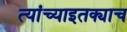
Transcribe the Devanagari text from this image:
त्यांच्याइतक्याच